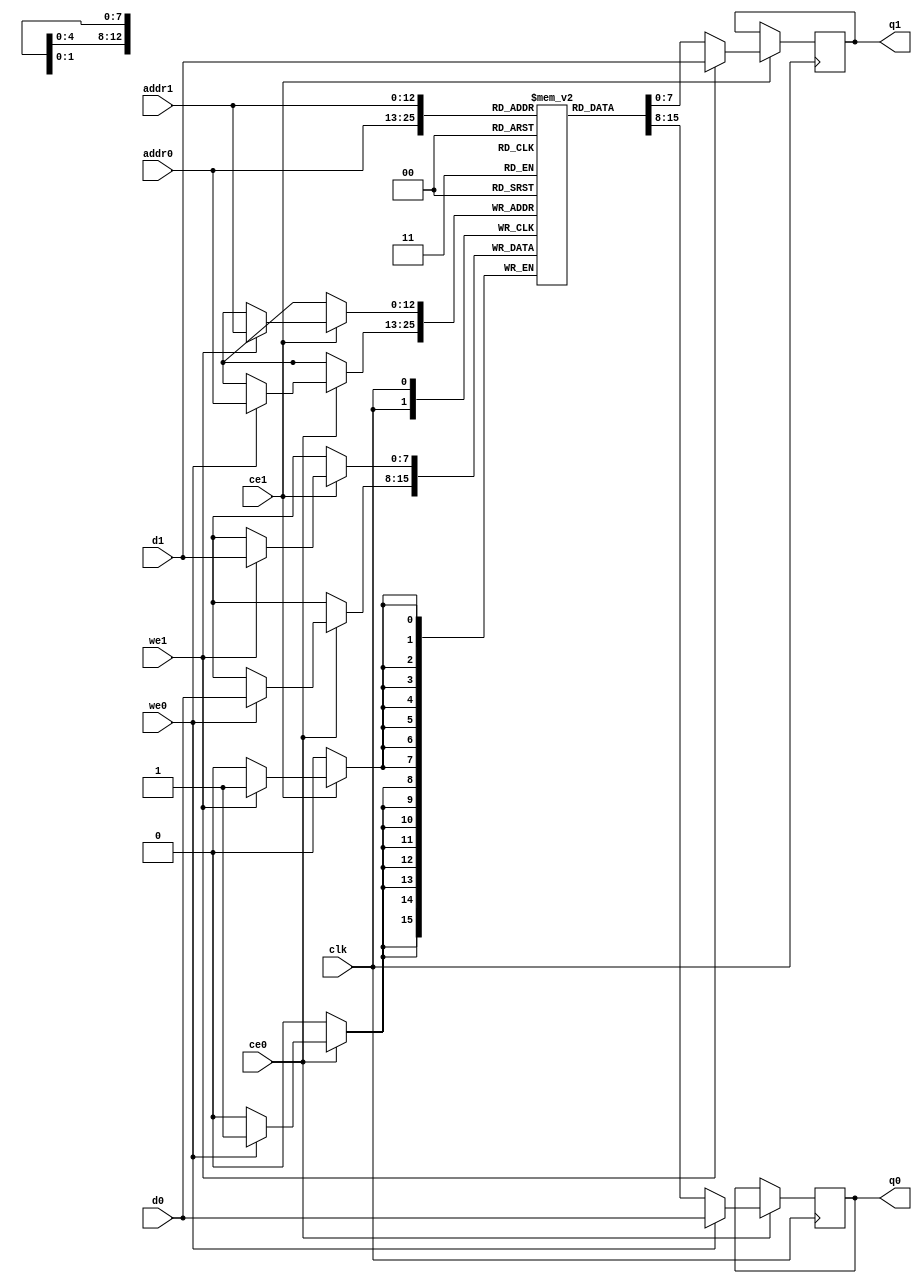
module my_video_filter_line_buffers_val_1_ram (addr0, ce0, d0, we0, q0, addr1, ce1, d1, we1, q1,  clk);

parameter DWIDTH = 8;
parameter AWIDTH = 13;
parameter MEM_SIZE = 5760;

input[AWIDTH-1:0] addr0;
input ce0;
input[DWIDTH-1:0] d0;
input we0;
output reg[DWIDTH-1:0] q0;
input[AWIDTH-1:0] addr1;
input ce1;
input[DWIDTH-1:0] d1;
input we1;
output reg[DWIDTH-1:0] q1;
input clk;

(* ram_style = "block" *)reg [DWIDTH-1:0] ram[MEM_SIZE-1:0];




always @(posedge clk)  
begin 
    if (ce0) 
    begin
        if (we0) 
        begin 
            ram[addr0] <= d0; 
            q0 <= d0;
        end 
        else 
            q0 <= ram[addr0];
    end
end


always @(posedge clk)  
begin 
    if (ce1) 
    begin
        if (we1) 
        begin 
            ram[addr1] <= d1; 
            q1 <= d1;
        end 
        else 
            q1 <= ram[addr1];
    end
end


endmodule